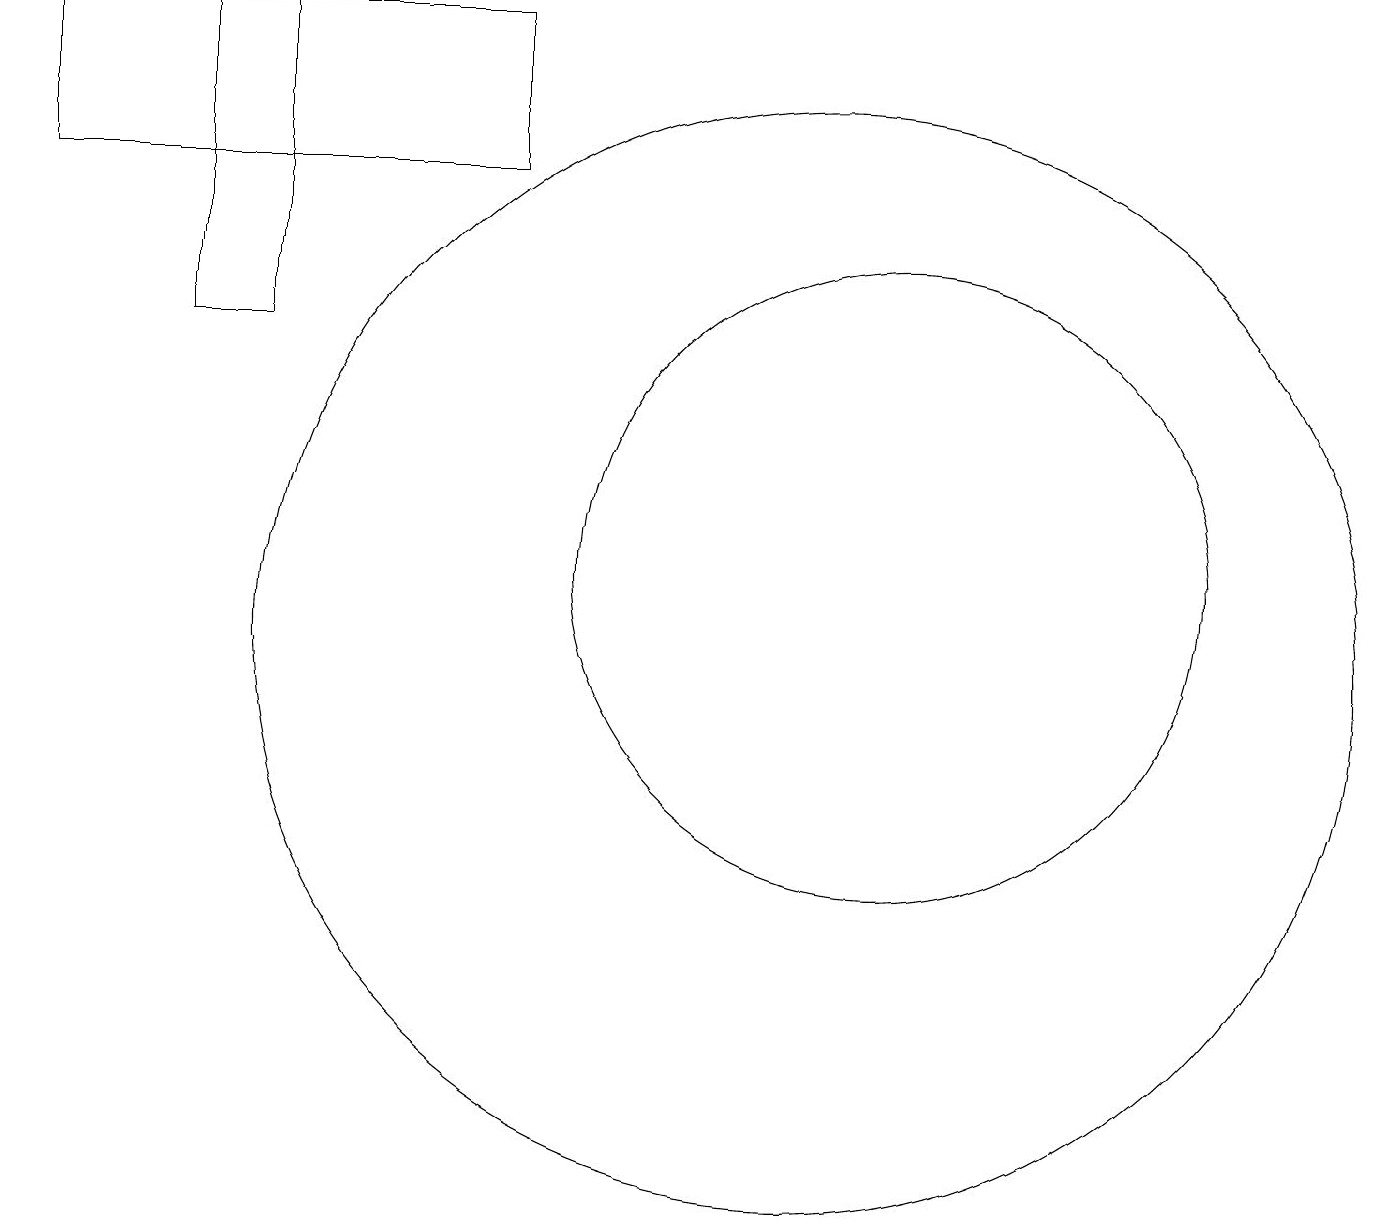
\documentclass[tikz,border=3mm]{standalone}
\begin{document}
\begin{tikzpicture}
\draw (0,18) rectangle (6,16);
\draw (11,11) circle (4);
\draw (2,18) rectangle (3,14);
\draw (10,10) circle (7);
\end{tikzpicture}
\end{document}